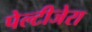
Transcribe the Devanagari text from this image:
पेल्टीजेरा